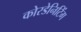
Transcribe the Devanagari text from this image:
कोरडेनिटिंग